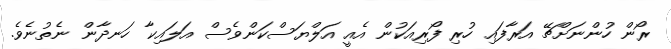
ރޯން ހުންނަށްޗޭ އަރާފައި ހުރި ފޯރިއަކުން އެއީ އަލްޔަސްކަންވެސް އަލައިކާ ހަނދާން ނެތުނެވެ.